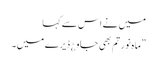
میں نے اس سے کہا
”ماہ نور تم بھی جاو ¿ ڈیرے میں۔